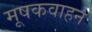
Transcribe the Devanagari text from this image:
मूषकवाहन